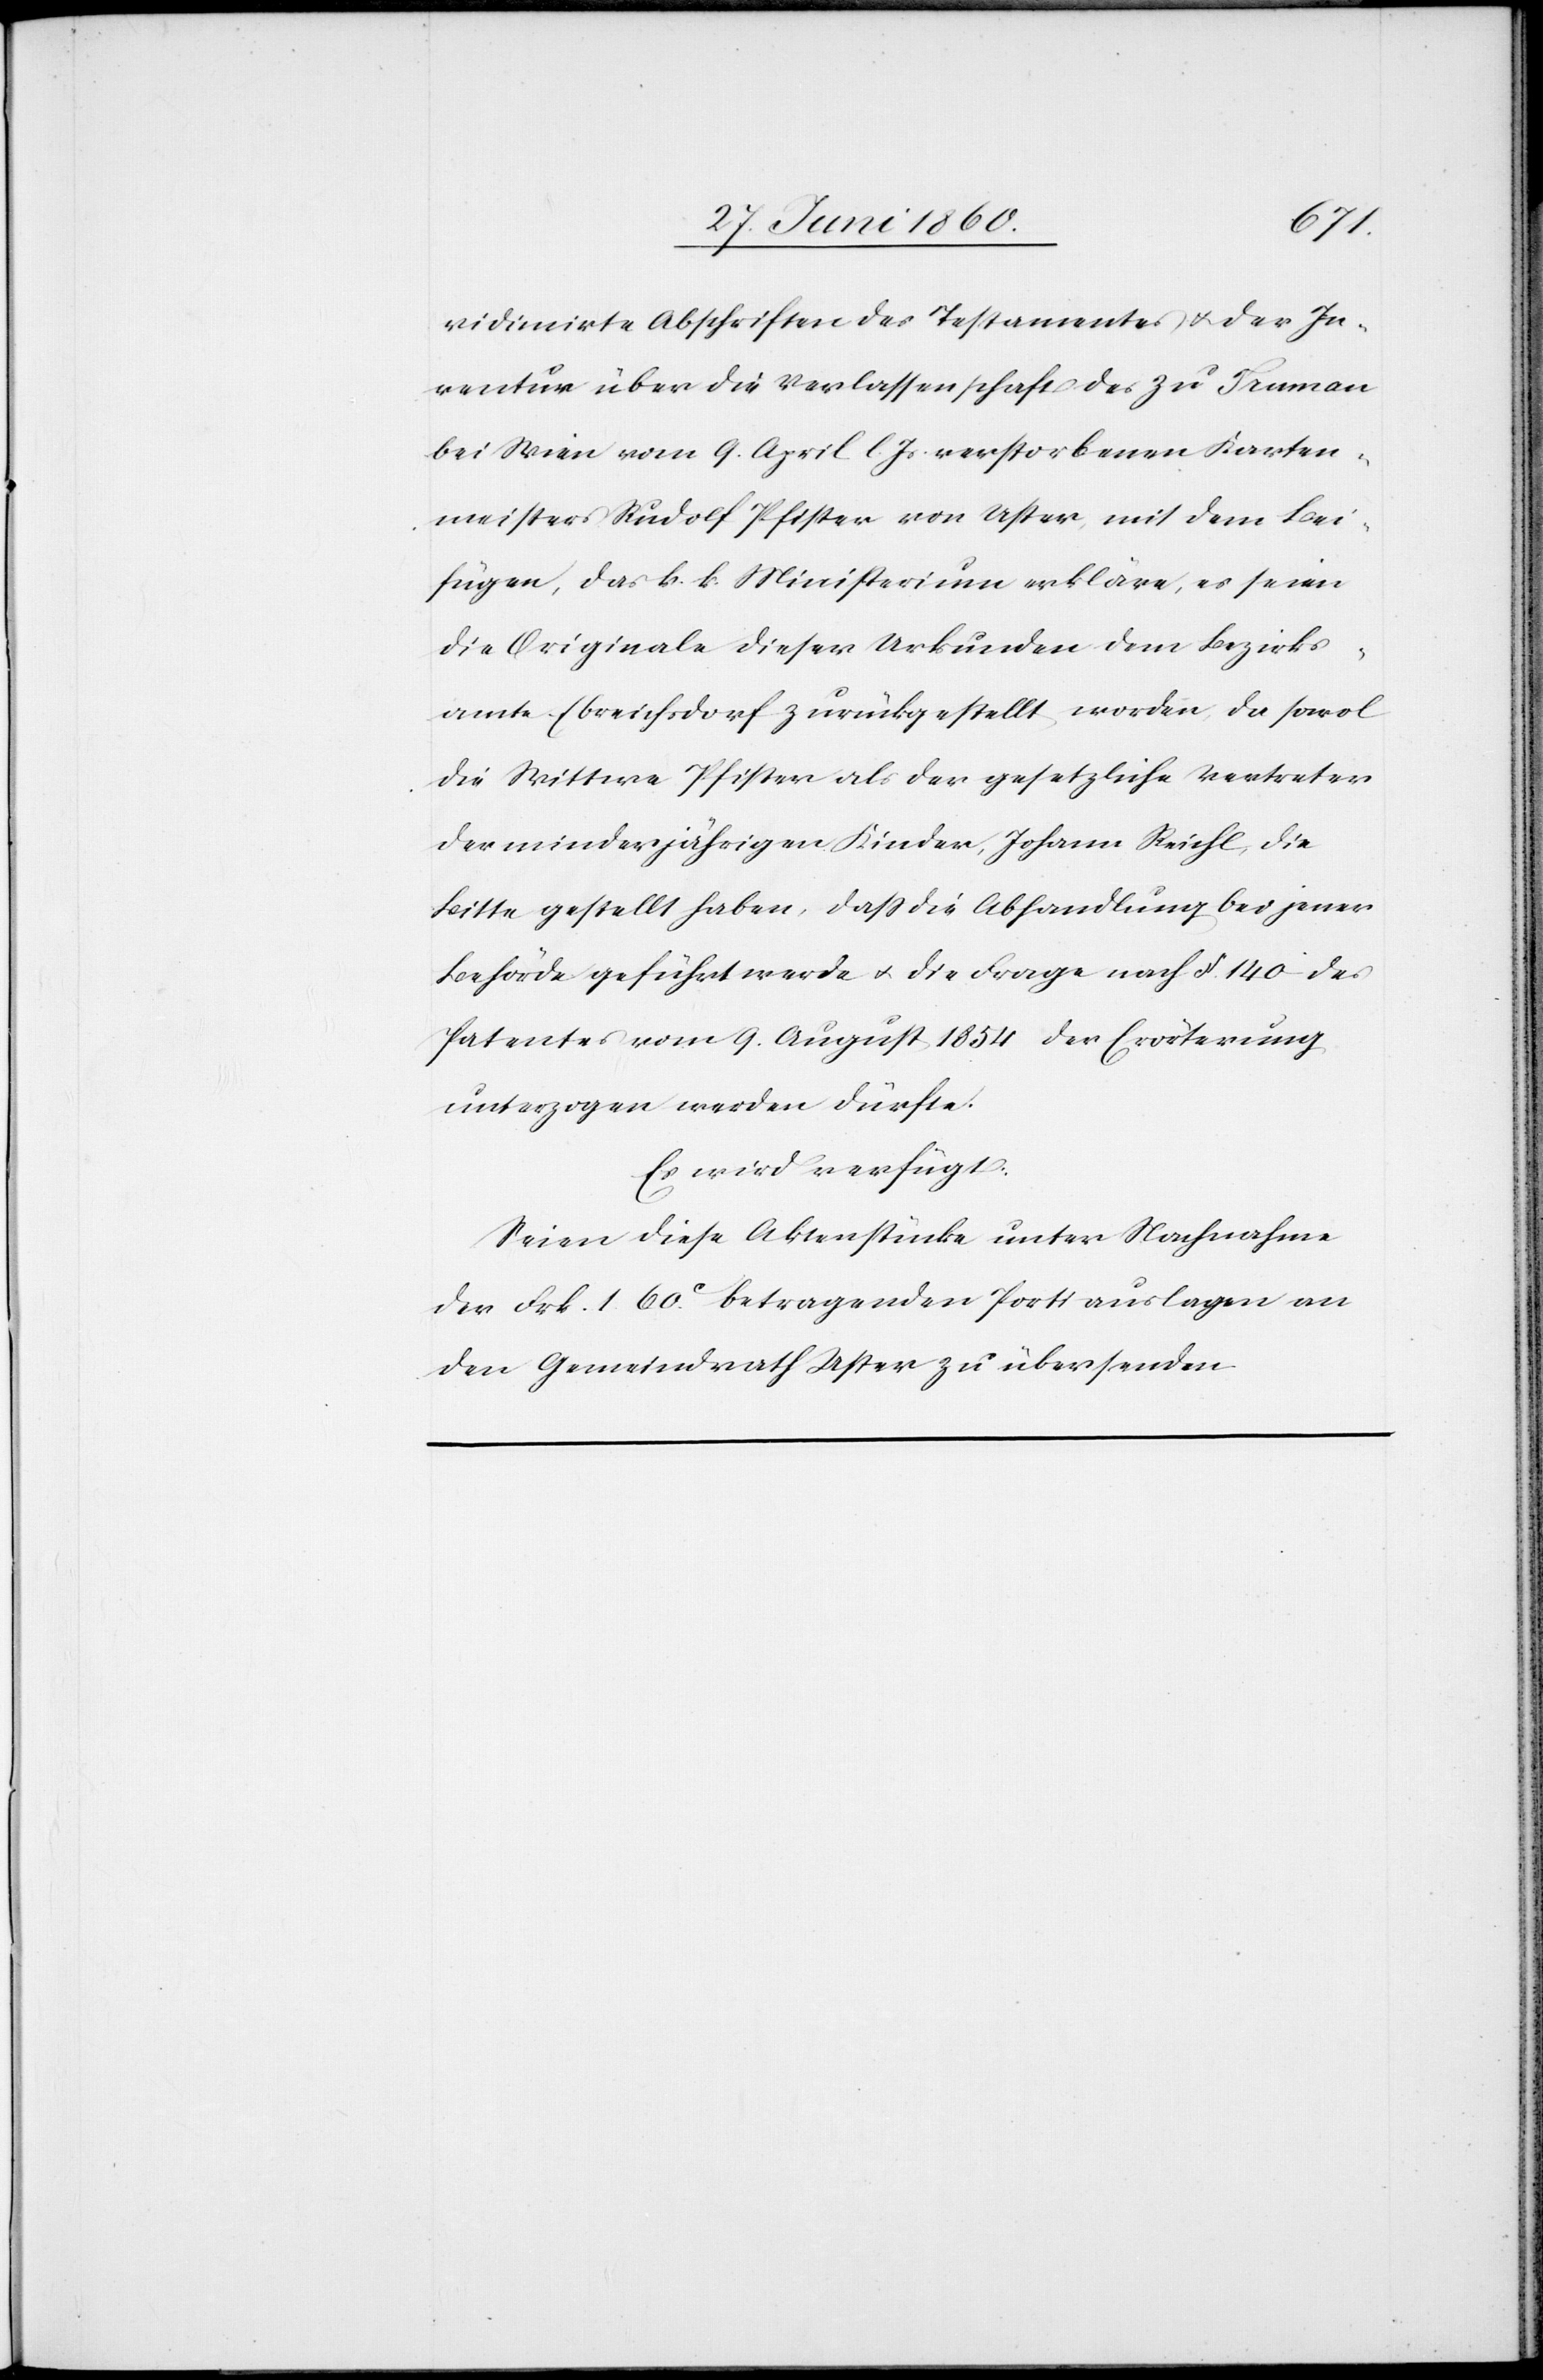
vidimirte Abschriften des Testamentes u. der In¬
ventur über die Verlassenschaft des zu Traman
bei Wien vom 9. April l. Js. verstorbenen Karten¬
meisters Rudolf Pfister von Uster, mit dem Bei¬
fügen, das k. k. Ministerium erkläre, es seien
die Originale dieser Urkunden dem Bezirks¬
amte Ebreichsdorf zurückgestellt worden, da sowol
die Wittwe Pfister als der gesetzliche Vertreter
der minderjährigen Kinder, Johann Reichl, die
Bitte gestellt habe, dass die Abhandlung bei jener
Behörde geführt werde u . die Frage nach §. 14 des
Patentes vom 9. August 1854 der Erörterung
unterzogen werden dürfte.
Es wird verfügt:
Seien diese Aktenstücke unter Nachnahme
der Frk. 1. 60C betragenden Portiauslagen an
den Gemeindrath Uster zu übersenden.